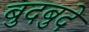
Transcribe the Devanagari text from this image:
बुदबुदे